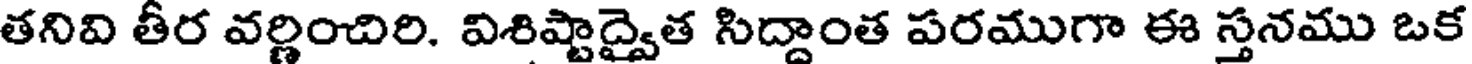
తనివి తీర వర్ణించిరి. విశిష్టాద్వైత సిద్దాంత పరముగా ఈ స్తనము ఒక